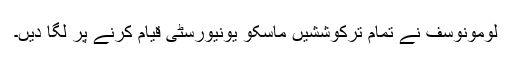
لومونوسف نے تمام ترکوششیں ماسکو یونیورسٹی قیام کرنے پر لگا دیں۔